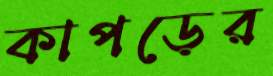
কাপড়ের